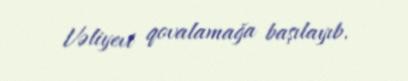
Vəliyevi qovalamağa başılayıb.